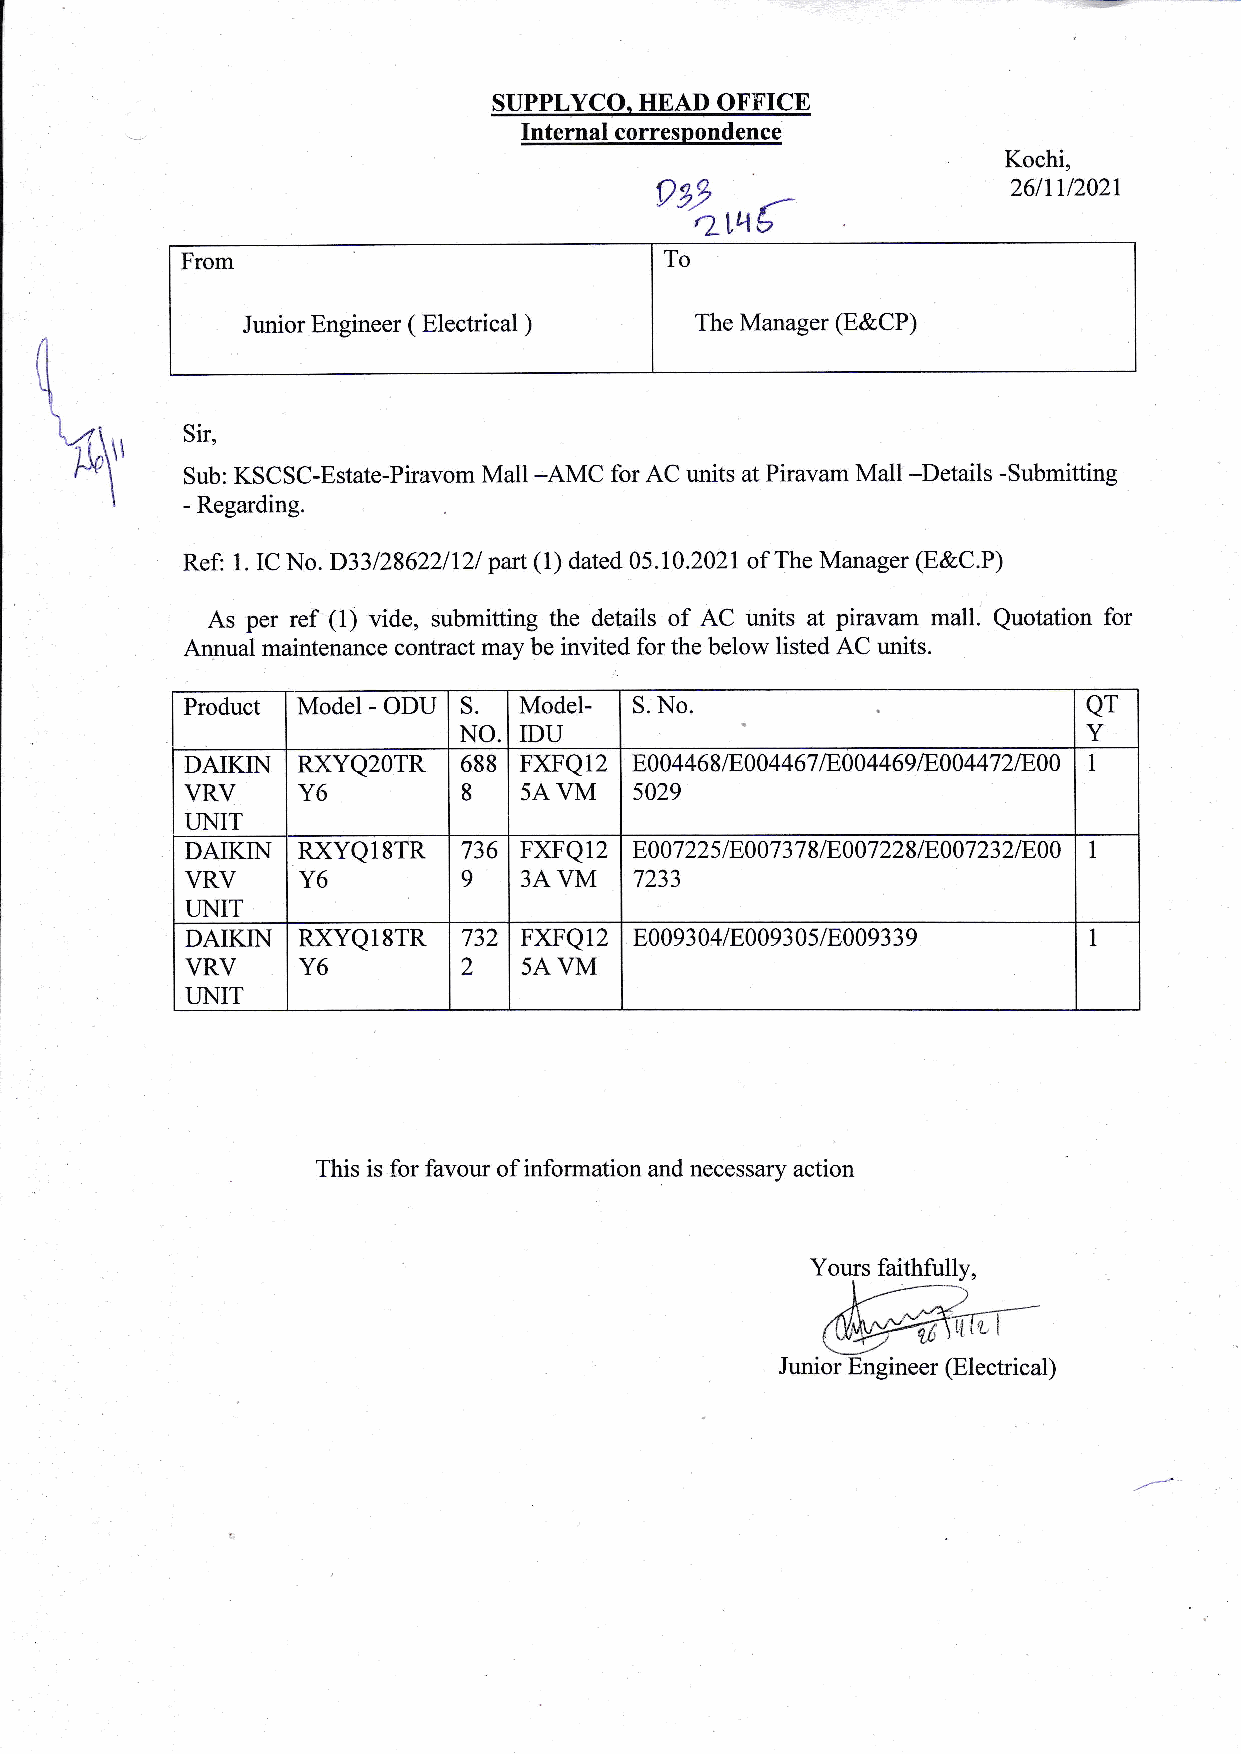
=E*
 SUPPLYCO. HEAD OFFICE
 Internal correspondence
 Kochi,
 992    /-
 26lLy202t
 2l4b
 From                            To
 Junior Engineer ( Electrical ) The Manager (E&CP)
 q
 Sir,
 %1'
 Sub: KSCSC-Estate-Piravom Mall -AMC for AC units at Piravam Mall-Details -Submitting
 - Regarding
 Ref: 1. IC No. D331286221121 part (1) dated 05.10.2021of The Manager (E&C.P)
 As per ref (1) vide, submitting the details of AC units at piravam mall. Quotation for
 Annual maintenance contract may be invited for the below listed AC units.
 Product Model - ODU S. Model- S. No.                        QT
 NO. IDU                                   Y
 DAIKIN  RXYQ20TR   688 FXFQ12 E004468/E004467 18004469 1E,00447 21E,00 1
 VRV     Y6         8  54. VM  5029
 UNIT
 DAIKIN  RXYQl8TR   736 FXFQ12 E0 07 22 5 I E0 07 3 7 I lE} 07 228 I E0 07 23 2 lE) 0 1
 VRV     Y6         9   3A VM  7233
 TINIT
 DAIKIN  RXYQlsTR   732 FXFQ12 E0093 04/E0093 0s/E0093 3 9   1
 VRV     Y6         2   5A VM
 UNIT
 This is for favour of information and necessary action
 Yours faithfully,
 Junior Engineer (Electrical)